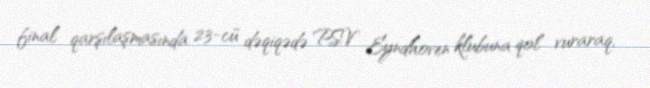
final qarşılaşmasında 23-cü dəqiqədə PSV Eyndhoven klubuna qol vuraraq,